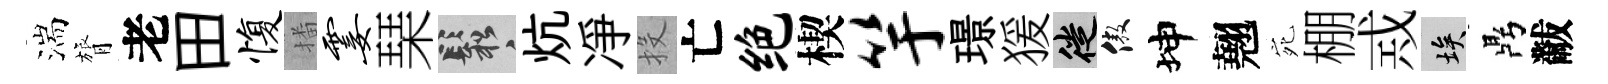
湍膂老田愎播霎琹鬆炕凈投亡绝楔竽璟猨徙傲坤翹宛棚𢦶埃鼎黻